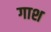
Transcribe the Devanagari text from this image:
गाश